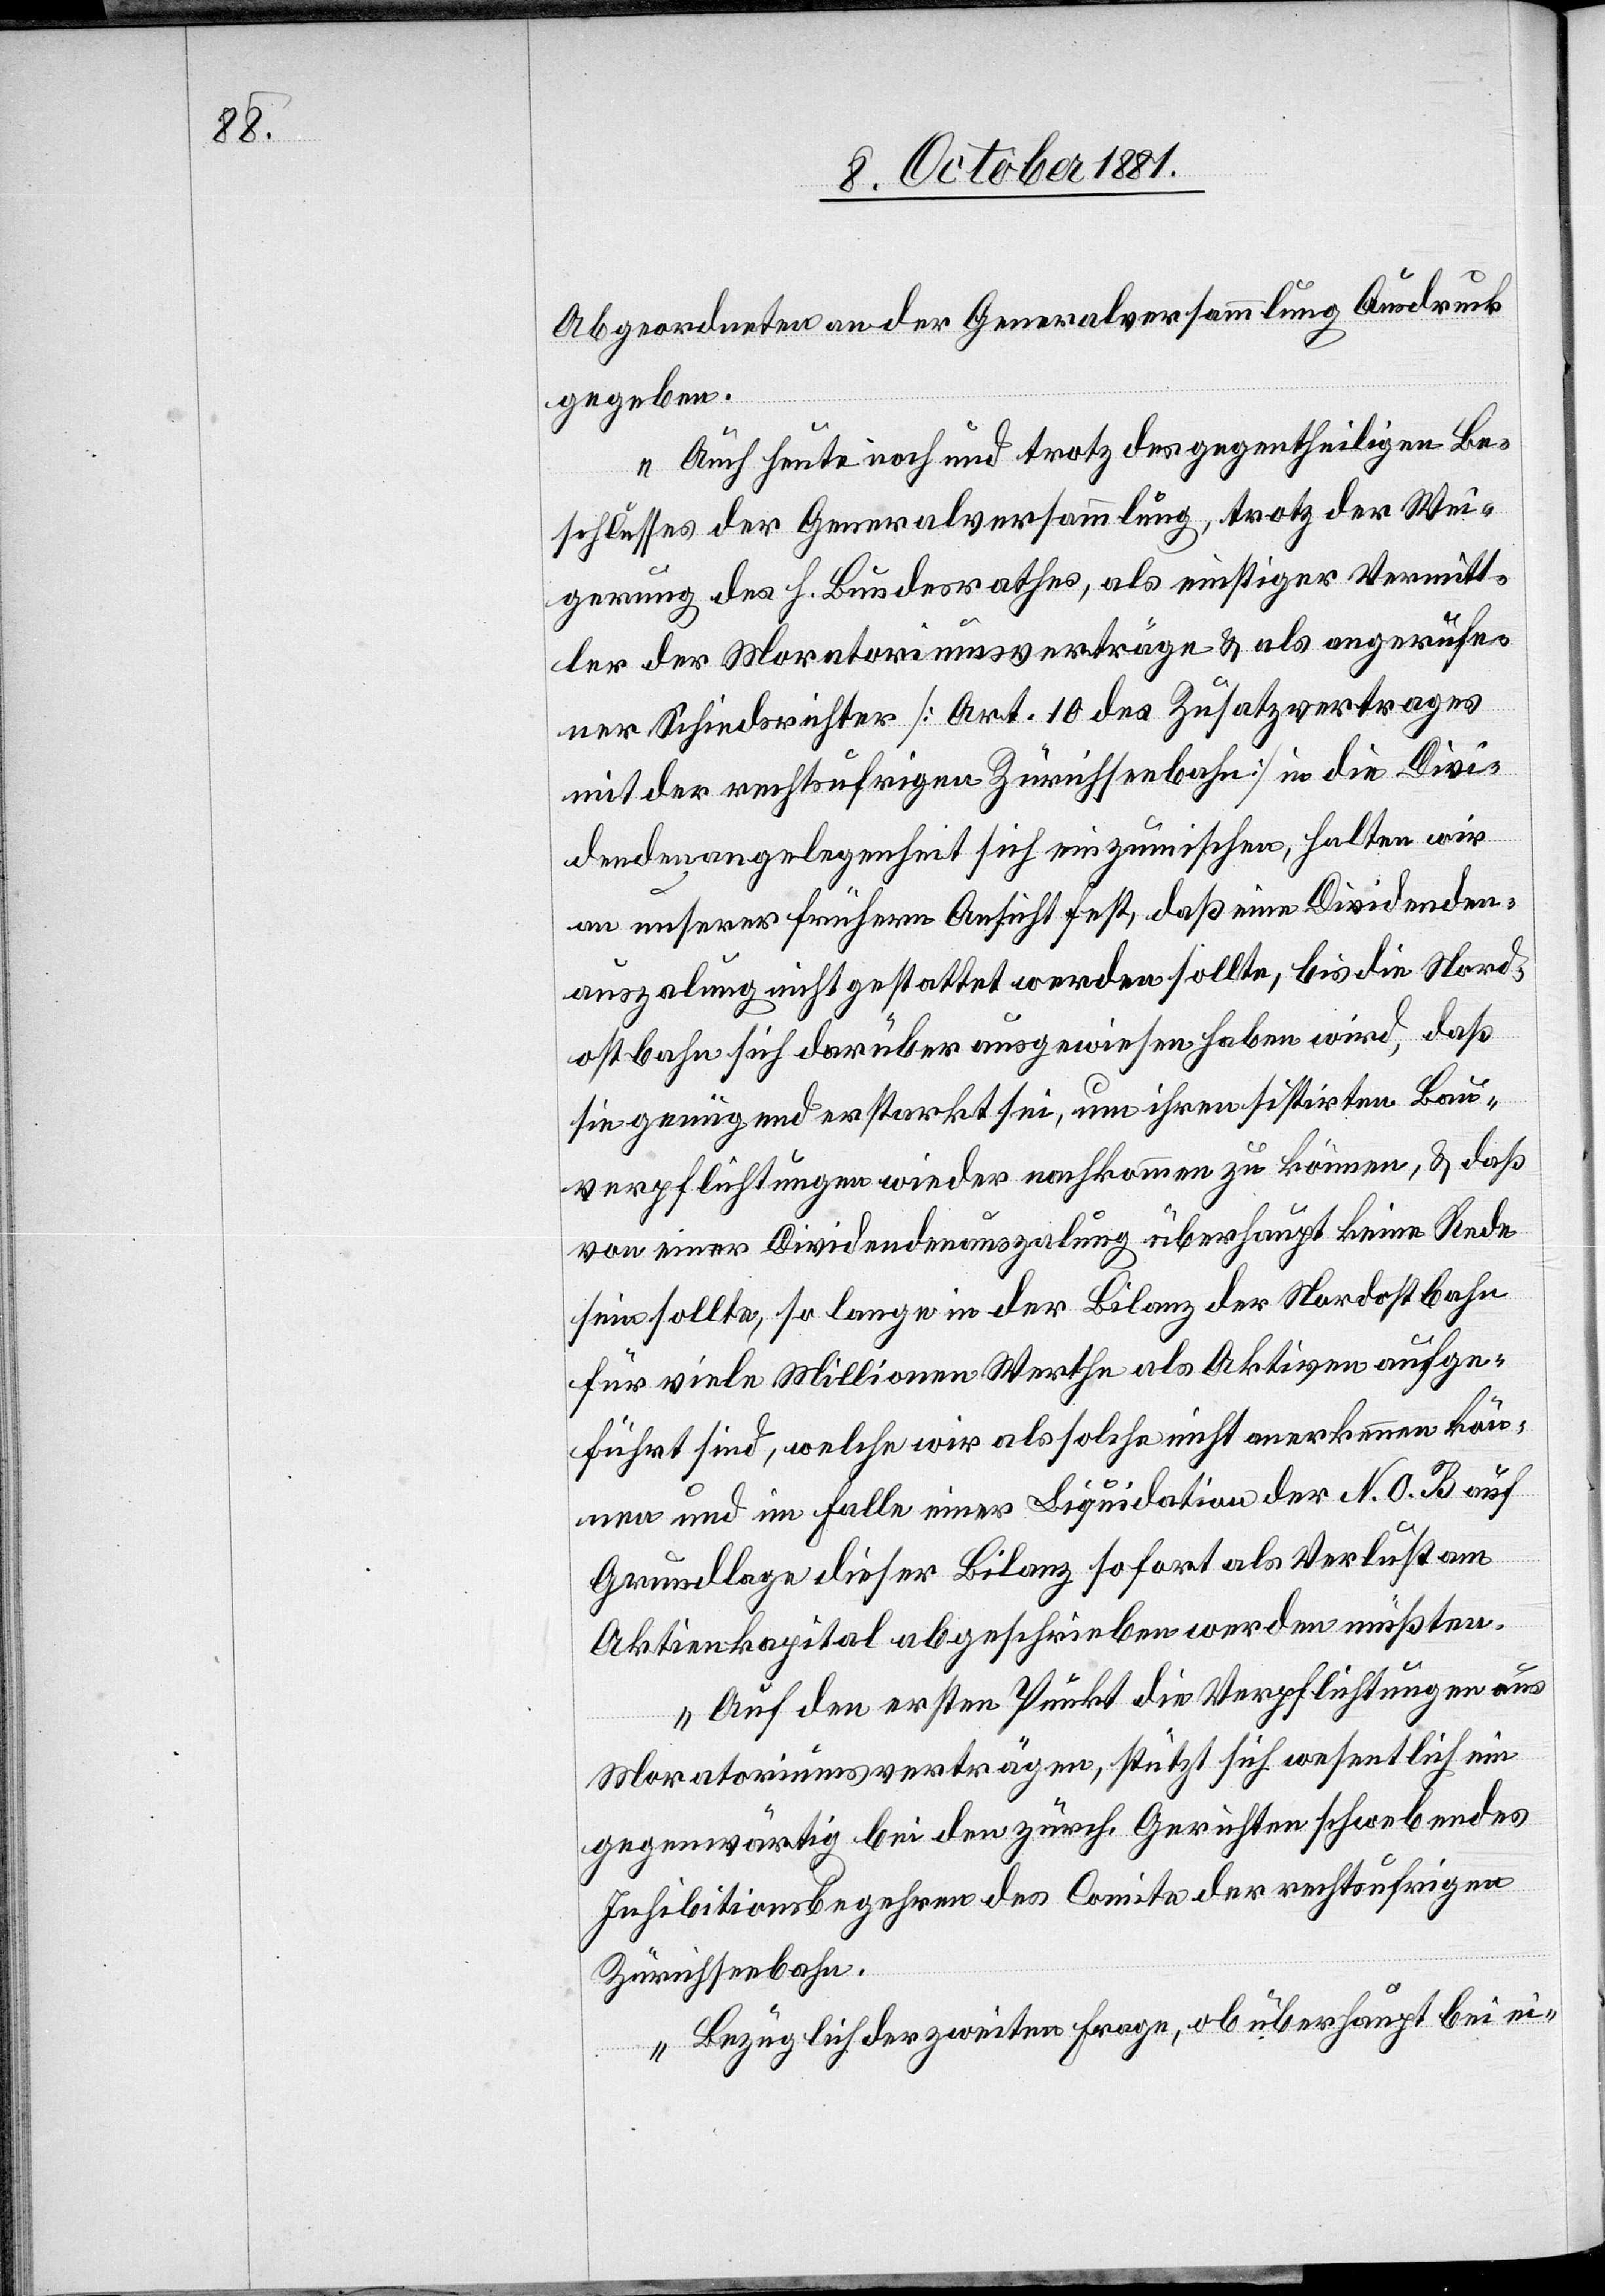
Abgeordneten an der Generalversammlung Ausdruck
gegeben.
Auch heute noch und trotz des gegentheiligen Be¬
schlusses der Generalversammlung, trotz der Wei¬
gerung des h. Bundesrathes, als einstiger Vermitt¬
ler der Moratoriumsverträge & als angerufe¬
ner Schiedsrichter [Art. 10 des Zusatzvertrages
mit der rechtsufrigen Zürichseebahn] in die Divi¬
dendenangelegenheit sich einzumischen, halten wir
an unserer frühern Ansicht fest, daß eine Dividenden¬
auszalung nicht gestattet werden sollte, bis die Nord¬
ostbahn sich darüber ausgewiesen haben wird, daß
sie genügend erstarkt sei, um ihren sistirten Bau¬
verpflichtungen wieder nachkommen zu können, & daß
von einer Dividendenauszalung überhaupt keine Rede
sein sollte, so lange in der Bilanz der Nordostbahn
für viele Millionen Werthe als Aktiven aufge¬
führt sind, welche wir als solche nicht anerkennen kön¬
nen und im Falle einer Liquidation der N. O. B auf
Grundlage dieser Bilanz sofort als Verlust am
Aktienkapital abgeschrieben werden müßten.
Auf den ersten Punkt die Verpflichtungen aus
Moratoriumsverträgen, stützt sich wesentlich ein
gegenwärtig bei den zürch. Gerichten schwebendes
Inhibitionsbegehren des Comite der rechtsufrigen
Zürichseebahn.
Bezüglich der zweiten Frage, ob überhaupt bei ei-